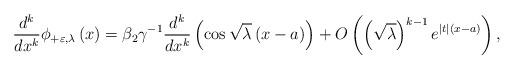
LaTeX: \begin{align*}\dfrac{d^{k}}{dx^{k}}\phi _{+\varepsilon ,\lambda }\left( x\right) =\beta_{2}\gamma ^{-1}\dfrac{d^{k}}{dx^{k}}\left( \cos \sqrt{\lambda }\left(x-a\right) \right) +O\left( \left( \sqrt{\lambda }\right)^{k-1}e^{\left\vert t\right\vert \left( x-a\right) }\right) , \end{align*}